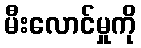
မီးလောင်မှုကို